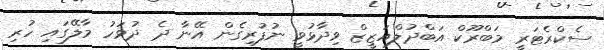
ސެކްރެޓަރީ މަބްރޫކް އަބްދުލްއަޒީޒް ވިދާޅުވީ ނުފުރިގެން އޭނާ ދެ ދުވަހު މާލޭގައި ހުރި